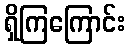
ရှိကြကြောင်း